Civil Veterinary Dept. Bombay admin report 1914-1922 - 1914-1922
Year: 1914
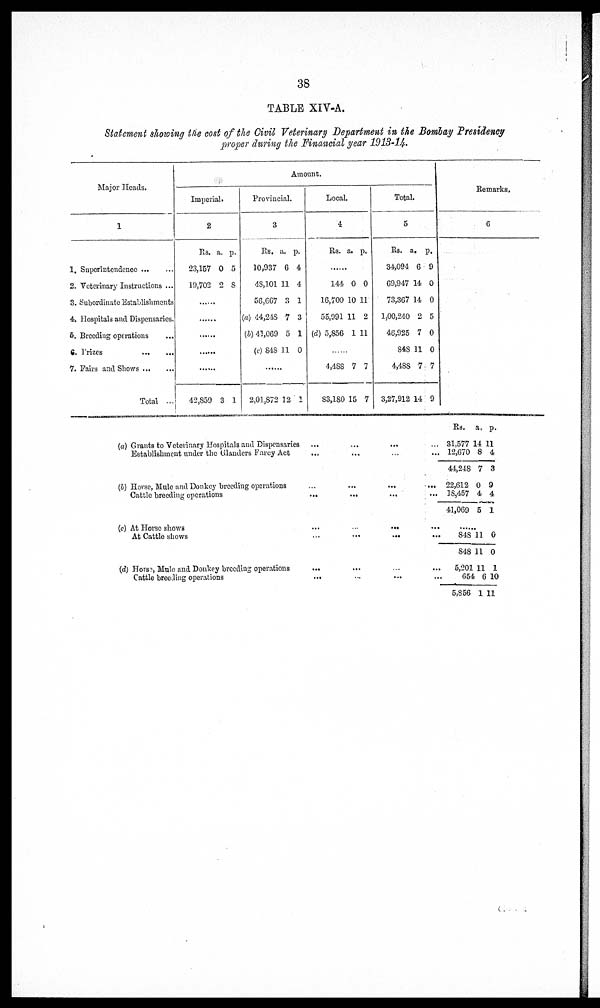
38
TABLE XIV-A.
Statement showing the cost of the Civil Veterinary Department in the Bombay Presidency
proper during the Financial year 1913-14.
Major Heads.
1
1. Superintendence
...
...
2. Veterinary Instructions ...
3. Subordinate Establishments
4. Hospitals and Dispensaries.
6. Breeding operations ...
6. Frizes
...
...
7. Fairs and Shows ... ...
Total ...
Amount
Imperial.
2
Rs.
23,157
19,702
a.
0
2
p.
5
8
......
......
42,859 3 1
Provincial.
3
Rs.
10,937
48,101
56,667
(a) 44,248
(b) 41,069
(c) 848
a.
6
11
3
7
5
11
p.
4
4
1
3
1
0
......
2,01,872 12 1
Local.
4
Rs. a. p.
......
144
16,700
55,991
(d) 5,856
0
10
11
1
0
11
2
11
......
4,488
83,180
7
15
7
7
Total.
5
Rs.
34,094
69,947
73,367
1,00,240
48,925
848
4,488
3,27,912
a.
6
14
14
2
7
11
7
14
p.
9
0
0
5
0
0
7
9
Remarks.
6
(a) Grants to Veterinary Hospitals and Dispensaries ... ... ... ...
Establishment under the Glanders Farcy Act ... ... ... ...
(5) Horse, Mule and Donkey breeding operations ... ... ... ...
Cattle breeding operations ... ... ... ...
(c) At Horse shows ... ... ... ...
At Cattle shows ... ... ... ...
(d) Horse, Mule and Donkey breeding operations ... ... ... ...
Cattle breeding operations ... ... ... ...
Rs.
31,577
12,670
44,248
22,612
8,457
41,069
a,
14
8
7
0
4
5
p.
11
4
3
9
4
1
......
848
848
5,201
654
5,856
11
11
11
6
1
0
0
1
10
11